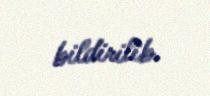
bildirilib.